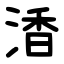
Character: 㴡